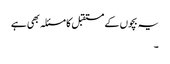
یہ بچوں کے مستقبل کا مسئلہ بھی ہے
۔